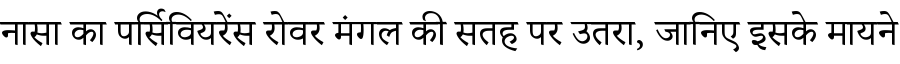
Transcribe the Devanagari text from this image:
नासा का पर्सिवियरेंस रोवर मंगल की सतह पर उतरा, जानिए इसके मायने